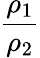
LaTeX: \frac{\rho_{1}}{\rho_{2}}